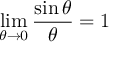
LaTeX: \operatorname* { l i m } _ { \theta \to 0 } { \frac { \sin \theta } { \theta } } = 1